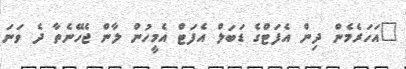
"އަހަރެމެން ދިން އެފަޓްގެ ޑަބަލް އެފަޓް އެމީހުން ލާން ޖެހޭނެތާ ދެ ވަނަ